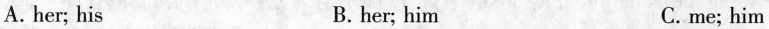
A. her; his B. her; him C.me; him